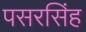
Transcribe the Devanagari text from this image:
पसरसिंह